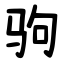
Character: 驹